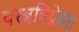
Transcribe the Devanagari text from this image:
वस्त्रविक्रेता